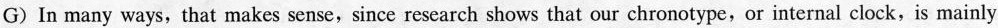
G) In many ways, that makes sense, since research shows that our chronotype, or internal clock, is mainly